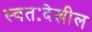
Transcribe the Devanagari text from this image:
स्वतःदेखील